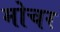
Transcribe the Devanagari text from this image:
मोचर